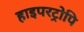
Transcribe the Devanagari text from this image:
हाइपरट्रोपि